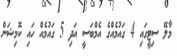
މާލޭ ސިޓީގައި 4 ގައުމެއްގެ އެމްބަސީ އަދި 5 ގައުމެއް ހައި ކޮމިޝަން